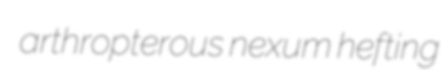
arthropterous nexum hefting